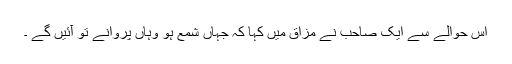
اس حوالے سے ایک صاحب نے مزاق میں کہا کہ جہاں شمع ہو وہاں پروانے تو آئیں گے ۔